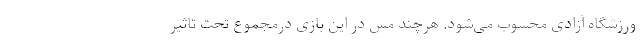
ورزشگاه آزادی محسوب می‌شود. هرچند مس در این بازی درمجموع تحت تاثیر